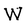
Character: W